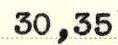
30,35